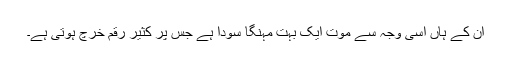
ان کے ہاں اسی وجہ سے موت ایک بہت مہنگا سودا ہے جس پر کثیر رقم خرچ ہوتی ہے۔